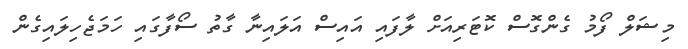
މިޝަލް ފޯމު ގެންގޮސް ކޮޓަރިއަށް ލާފައި އައިސް އަލައިނާ ގާތު ސޯފާގައި ހަމަޖެހިލައިގެން